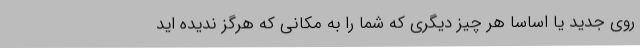
روی جدید یا اساساً هر چیز دیگری که شما را به مکانی که هرگز ندیده اید